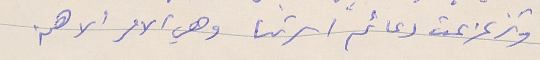
وتزعزعت دعائم اسرتنا وهي الامر الاهم.